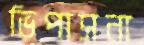
ভিপাসনা